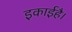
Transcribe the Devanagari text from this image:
इकाईहै।